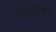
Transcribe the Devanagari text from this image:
क्रोनोलॉजिकल